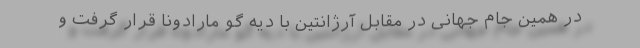
در همین جام جهانی در مقابل آرژانتین با دیه گو مارادونا قرار گرفت و